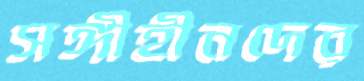
সঙ্গীহীনদের